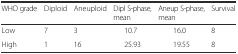
<table><thead><tr><td><b>WHO grade</b></td><td><b>Diploid</b></td><td><b>Aneuploid</b></td><td><b>Dipl S-phase, mean</b></td><td><b>Aneup S-phase, mean</b></td><td><b>Survival</b></td></tr></thead><tbody><tr><td>Low</td><td>7</td><td>3</td><td>10.7</td><td>16.0</td><td>8</td></tr><tr><td>High</td><td>1</td><td>16</td><td>25.93</td><td>19.55</td><td>8</td></tr></tbody></table>